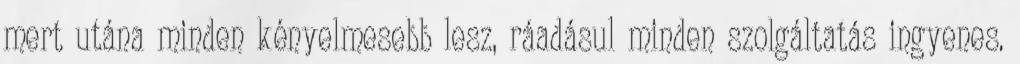
mert utána minden kényelmesebb lesz, ráadásul minden szolgáltatás ingyenes.